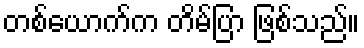
တစ်ယောက်က တိမ်ပြာ ဖြစ်သည်။